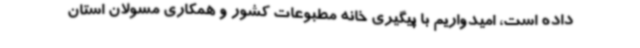
داده است، امیدواریم با پیگیری خانه مطبوعات کشور و همکاری مسولان استان